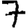
Digit: 7